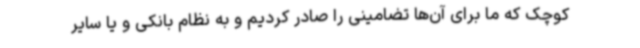
کوچک که ما برای آن‌ها تضامینی را صادر کردیم و به نظام بانکی و یا سایر